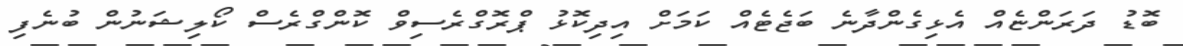
ބޮޑު ދަރަންޏެއް އެޅިގެންދާނެ ބަޖެޓެއް ކަމަށް އިދިކޮޅު ޕްރޮގްރެސިވް ކޮންގްރެސް ކޯލިޝަނުން ބުނެފި